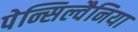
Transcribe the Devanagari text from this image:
पेन्सिल्वैनिया